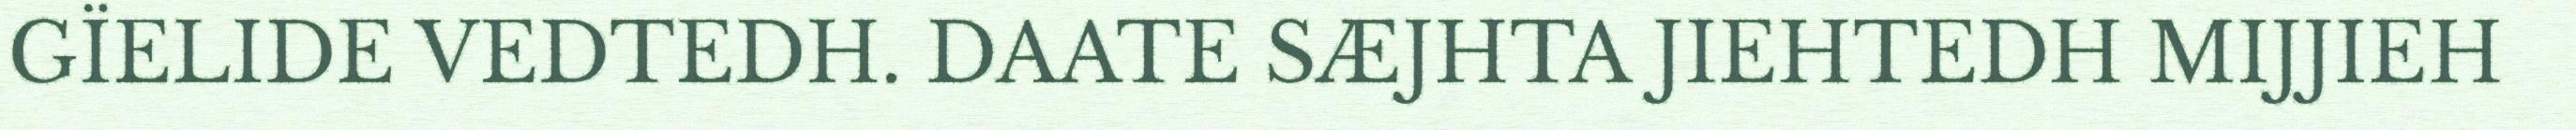
GÏELIDE VEDTEDH. DAATE SÆJHTA JIEHTEDH MIJJIEH